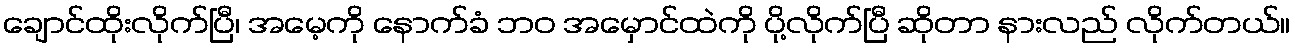
ချောင်ထိုးလိုက်ပြီ၊ အမေ့ကို နောက်ခံ ဘဝ အမှောင်ထဲကို ပို့လိုက်ပြီ ဆိုတာ နားလည် လိုက်တယ်။